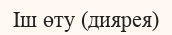
Іш өту (диярея)